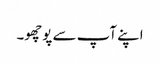
اپنے آپ سے پوچھو۔